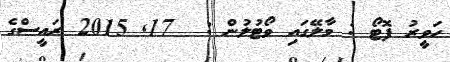
ހަވީރު ފޮޓޯ : މާލޭގައި ވޯޓުލުން :  17